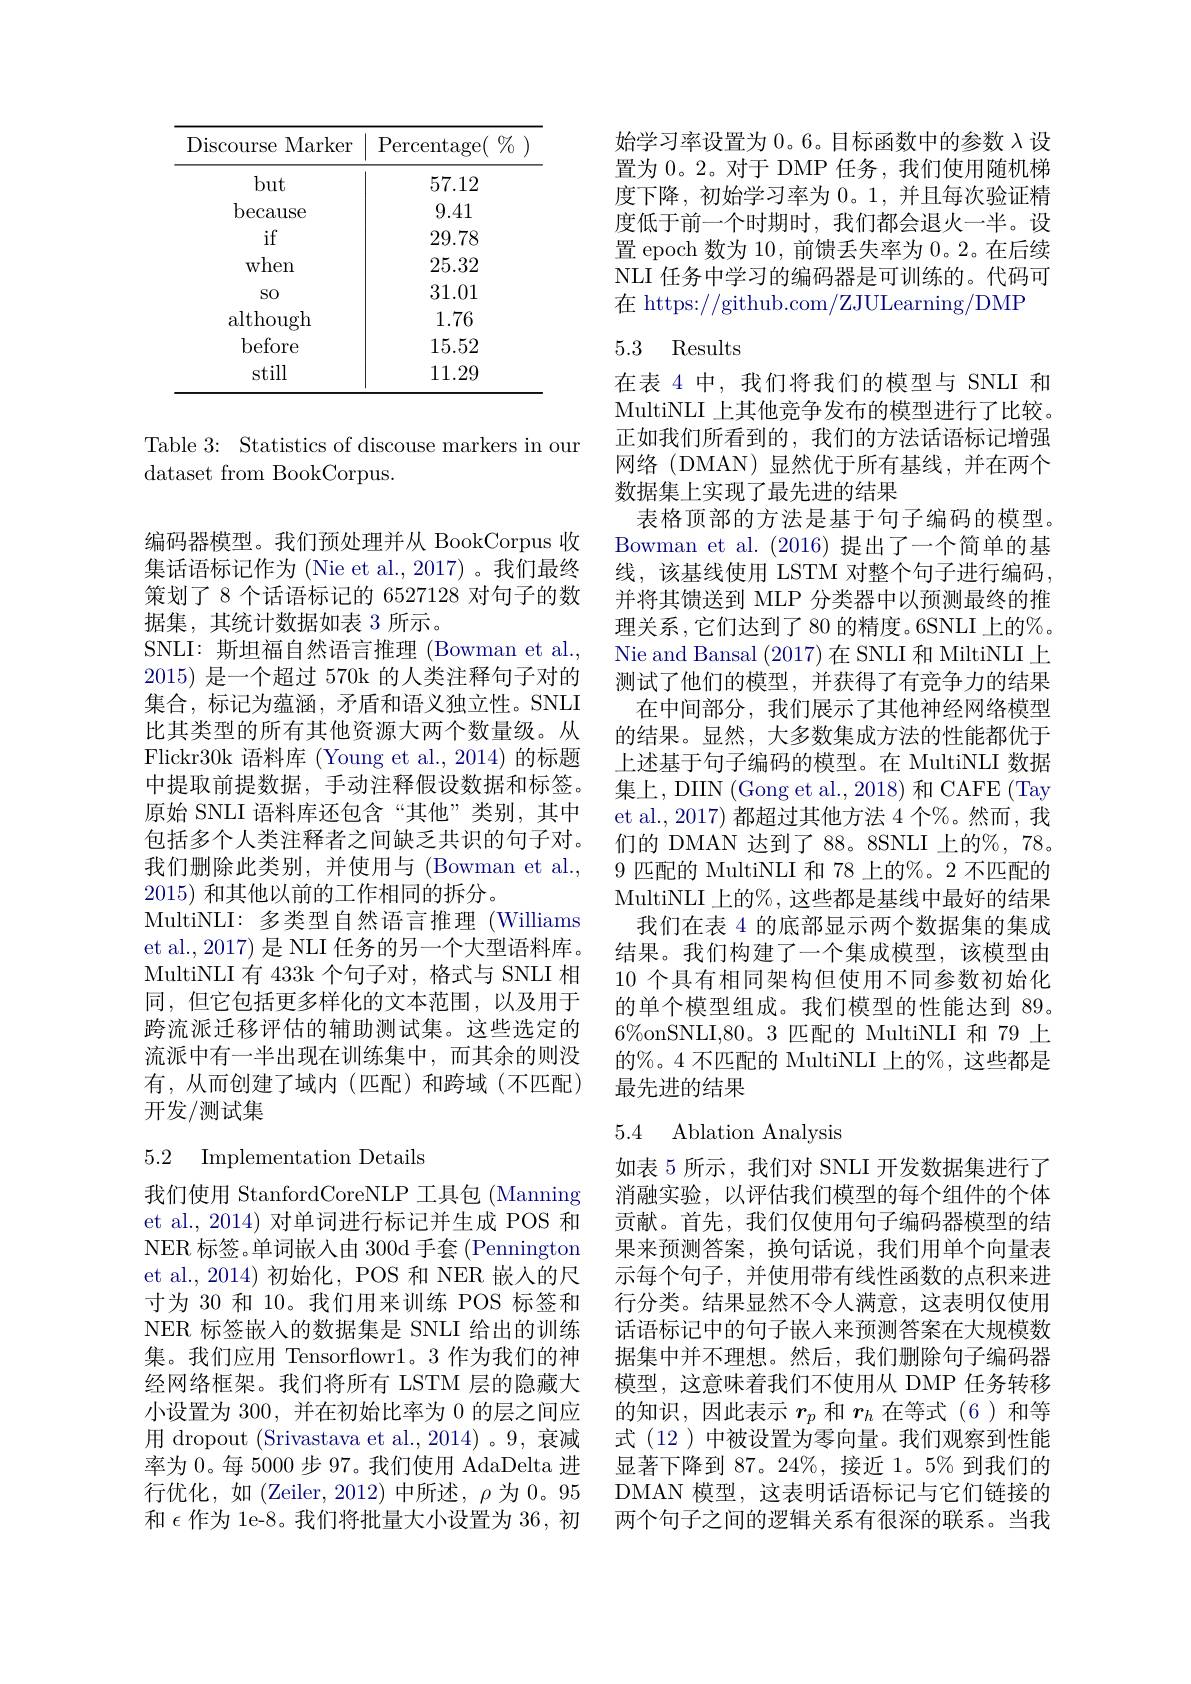
<table>
	<tbody>
		<tr>
			<th>Discourse Marker 1</th>
			<th>$\operatorname{Percentage}($ $\%_{0}$ 1 </th>
		</tr>
		<tr>
			<td>but</td>
			<td>57.12</td>
		</tr>
		<tr>
			<td>because</td>
			<td>9.41</td>
		</tr>
		<tr>
			<td>if</td>
			<td>29.78</td>
		</tr>
		<tr>
			<td>when</td>
			<td>25.32</td>
		</tr>
		<tr>
			<td>SO</td>
			<td>31.01</td>
		</tr>
		<tr>
			<td>although</td>
			<td>1.76</td>
		</tr>
		<tr>
			<td>before</td>
			<td>15.52</td>
		</tr>
		<tr>
			<td>still</td>
			<td>11.29</td>
		</tr>
	</tbody>
</table>

Table 3: Statistics of discouse markers in our
dataset from BookCorpus.

编码器模型。我们预处理并从 BookCorpus 收集话语标记作为 (Nie et al.,2017) 。我们最终策划了8 个话语标记的 6527128 对句子的数据集，其统计数据如表 3 所示。
SNLI: 斯坦福自然语言推理 (Bowman et al., 2015)是一个超过 570k 的人类注释句子对的集合，标记为蕴涵，矛盾和语义独立性。SNLI 比其类型的所有其他资源大两个数量级。从Flickr30k 语料库 (Young et al.,2014) 的标题中提取前提数据，手动注释假设数据和标签。原始 SNLI 语料库还包含“其他”类别，其中包括多个人类注释者之间缺乏共识的句子对。我们删除此类别，并使用与(Bowman et al., 2015)和其他以前的工作相同的拆分。
MultiNLI: 多类型自然语言推理 (Williams et al., 2017) 是 NLI 任务的另一个大型语料库。MultiNLI 有 433k 个句子对，格式与 SNLI 相同，但它包括更多样化的文本范围，以及用于跨流派迁移评估的辅助测试集。这些选定的流派中有一半出现在训练集中，而其余的则没有，从而创建了域内(匹配)和跨域(不匹配) 开发/测试集

## 5.2 Implementation Details

我们使用 StanfordCoreNLP 工具包 (Manning et al., 2014) 对单词进行标记并生成 POS 和NER 标签。单词嵌入由 300d 手套 (Pennington et al., 2014) 初始化，POS 和 NER 嵌入的尺寸为 30 和 10。我们用来训练 POS 标签和NER 标签嵌入的数据集是 SNLI 给出的训练集。我们应用 Tensorflowr1。3 作为我们的神经网络框架。我们将所有 LSTM 层的隐藏大小设置为 300, 并在初始比率为 0 的层之间应用 dropout (Srivastava et al.,2014) 。9, 衰减率为 0。每 5000 步 97。我们使用 AdaDelta 进行优化，如(Zeiler,2012)中所述，$\rho 为0。95$ 和$\epsilon$作为 le-8。我们将批量大小设置为 36, 初

始学习率设置为0。6。目标函数中的参数$\lambda$设置为 0。2。对于 DMP 任务，我们使用随机梯度下降，初始学习率为0。1,并且每次验证精度低于前一个时期时，我们都会退火一半。设置 epoch 数为 10, 前馈丢失率为 0。2。在后续NLI 任务中学习的编码器是可训练的。代码可在 https://github.com/ZJULearning/DMP

## 5.3 Results

在表 4 中，我们将我们的模型与 SNLI 和MultiNLI 上其他竞争发布的模型进行了比较。正如我们所看到的，我们的方法话语标记增强网络(DMAN)显然优于所有基线，并在两个数据集上实现了最先进的结果
表格顶部的方法是基于句子编码的模型。Bowman et al. (2016) 提出了一个简单的基线，该基线使用 LSTM 对整个句子进行编码， 并将其馈送到 MLP 分类器中以预测最终的推理关系，它们达到了80 的精度。6SNLI 上的%。Nie and Bansal (2017)在 SNLI 和 MiltiNLI 上测试了他们的模型，并获得了有竞争力的结果在中间部分，我们展示了其他神经网络模型的结果。显然，大多数集成方法的性能都优于上述基于句子编码的模型。在 MultiNLI 数据集上，DIIN (Gong et al., 2018) 和 CAFE (Tay et al., 2017) 都超过其他方法 4 个%。然而，我们的 DMAN 达到了 88。8SNLI 上的%, 78。9 匹配的 MultiNLI 和 78 上的%。2 不匹配的MultiNLI 上的%, 这些都是基线中最好的结果
我们在表 4 的底部显示两个数据集的集成结果。我们构建了一个集成模型，该模型由10 个具有相同架构但使用不同参数初始化的单个模型组成。我们模型的性能达到 89。$6\%$onSNLI,80。3 匹配的 MultiNLI 和 79 上的$\%$。4 不匹配的 MultiNLI 上的%,这些都是最先进的结果
5.4 Ablation Analysis

如表 5 所示 , 我们对 SNLI 开发数据集进行了消融实验，以评估我们模型的每个组件的个体贡献。首先，我们仅使用句子编码器模型的结果来预测答案，换句话说，我们用单个向量表示每个句子，并使用带有线性函数的点积来进行分类。结果显然不令人满意，这表明仅使用话语标记中的句子嵌人来预测答案在大规模数据集中并不理想。然后，我们删除句子编码器模型，这意味着我们不使用从 DMP 任务转移的知识，因此表示$r_p$和$r_h$在等式(6)和等式 (12 )中被设置为零向量。我们观察到性能显著下降到 87。24%, 接近 1。5% 到我们的DMAN 模型，这表明话语标记与它们链接的两个句子之间的逻辑关系有很深的联系。当我